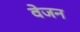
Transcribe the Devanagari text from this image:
वेजन